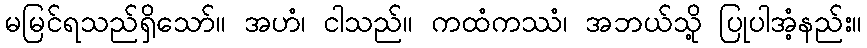
မမြင်ရသည်ရှိသော်။ အဟံ၊ ငါသည်။ ကထံကဿံ၊ အဘယ်သို့ ပြုပါအံ့နည်း။